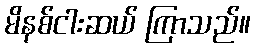
မိနစ်ငါးဆယ် ကြာသည်။